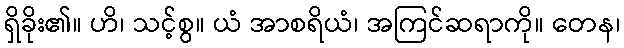
ရှိခိုး၏။ ဟိ၊ သင့်စွ။ ယံ အာစရိယံ၊ အကြင်ဆရာကို။ တေန၊